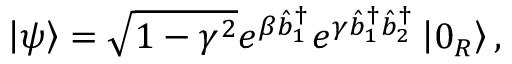
\left\vert \psi \right\rangle = \sqrt { 1 - \gamma ^ { 2 } } e ^ { \beta \hat { b } _ { 1 } ^ { \dagger } } e ^ { \gamma \hat { b } _ { 1 } ^ { \dagger } \hat { b } _ { 2 } ^ { \dagger } } \left\vert 0 _ { R } \right\rangle ,